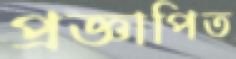
প্রজ্ঞাপিত